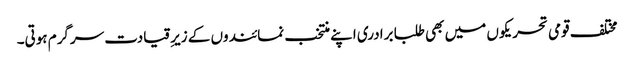
مختلف قومی تحریکوں میں بھی طلبا برادری اپنے منتخب نمائندوں کے زیرِقیادت سرگرم ہوتی۔